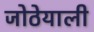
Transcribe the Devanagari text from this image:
जोठेयाली